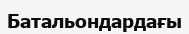
Батальондардағы